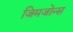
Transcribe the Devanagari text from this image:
जिमजोन्स